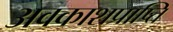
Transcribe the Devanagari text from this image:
अवकाशप्राप्ति